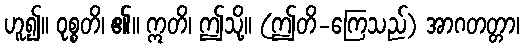
ဟူ၍။ ဝုစ္စတိ၊ ၏။ ဣတိ၊ ဤသို့။ (ဤတိ-ကြေသည်) အာဂတတ္တာ၊